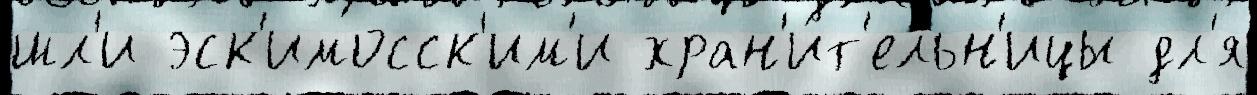
шл'и эск'имосск'им'и хран'и́т'ельн'ицы дл'я